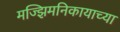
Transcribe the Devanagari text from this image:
मज्झिमनिकायाच्या